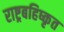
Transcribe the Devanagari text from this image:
राष्ट्रबहिष्कृत